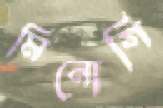
মিনোগি